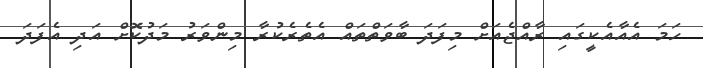
ހަމަ އެއާއެކީގައި ރާއްޖެއަށް މިފަދަ ބާވަތްތައް އެތެރެކުރާ މިންވަރު މަދުކޮށް އަދި އެފަދަ